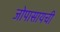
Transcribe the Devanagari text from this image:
जोपासायची